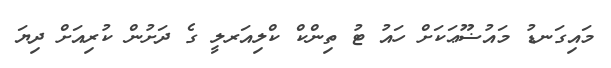
މައިގަނޑު މައުޟޫޢަކަށް ހައު ޓު ތިންކް ކްލިއަރލީ ގެ ދަށުން ކުރިއަށް ދިޔަ